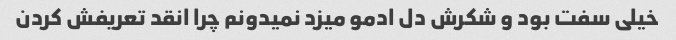
خیلی سفت بود و شکرش دل ادمو میزد نمیدونم چرا انقد تعریفش کردن